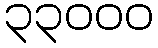
၃၃၀၀၀